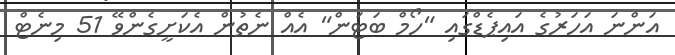
އަންނަ އަހަރުގެ އައިޕެޑްގައި "ހޯމް ބަޓަން" އެއް ނެތުން އެކަށީގެންވޭ 51 މިނެޓް